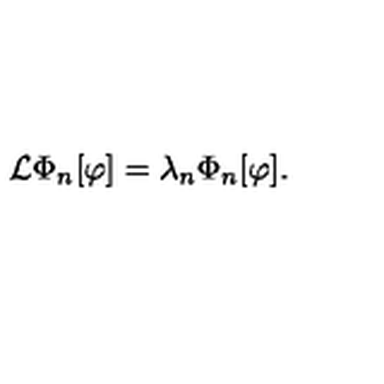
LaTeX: { \cal L } \Phi _ { n } [ \varphi ] = \lambda _ { n } \Phi _ { n } [ \varphi ] .